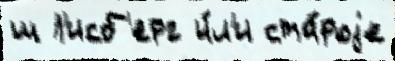
ш Л'исб'ерг и́л'и ста́роjе